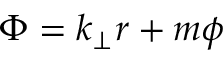
\Phi = k _ { \perp } r + m \phi